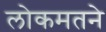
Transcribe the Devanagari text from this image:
लोकमतने